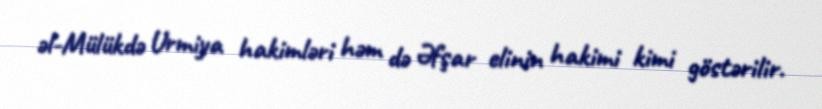
əl-Mülükdə Urmiya hakimləri həm də Əfşar elinin hakimi kimi göstərilir.